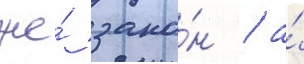
же́ зако́н / а́